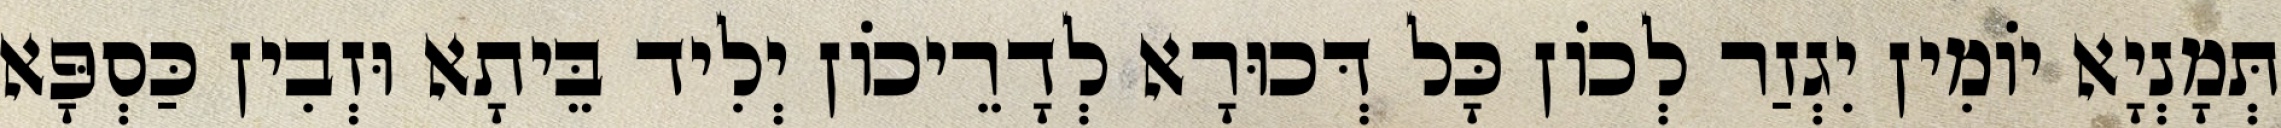
תְּמָנְיָא יוֹמִין יִגְזַר לְכוֹן כָּל דְּכוּרָא לְדָרֵיכוֹן יְלִיד בֵּיתָא וּזְבִין כַּסְפָּא